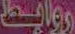
روابط